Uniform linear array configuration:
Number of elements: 4
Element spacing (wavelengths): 1
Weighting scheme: cosine
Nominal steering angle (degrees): -45
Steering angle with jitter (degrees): -45.806
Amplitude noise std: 0.05
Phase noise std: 0.05

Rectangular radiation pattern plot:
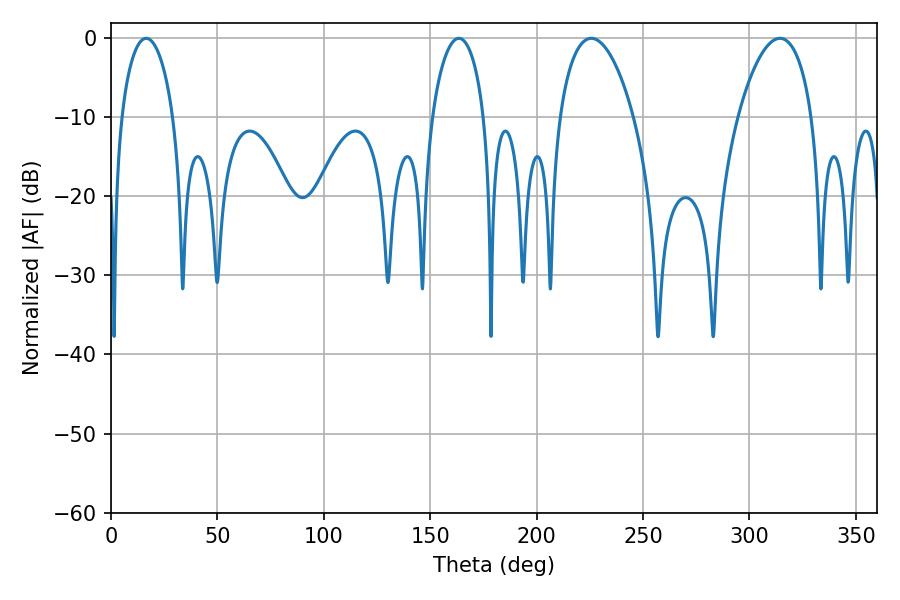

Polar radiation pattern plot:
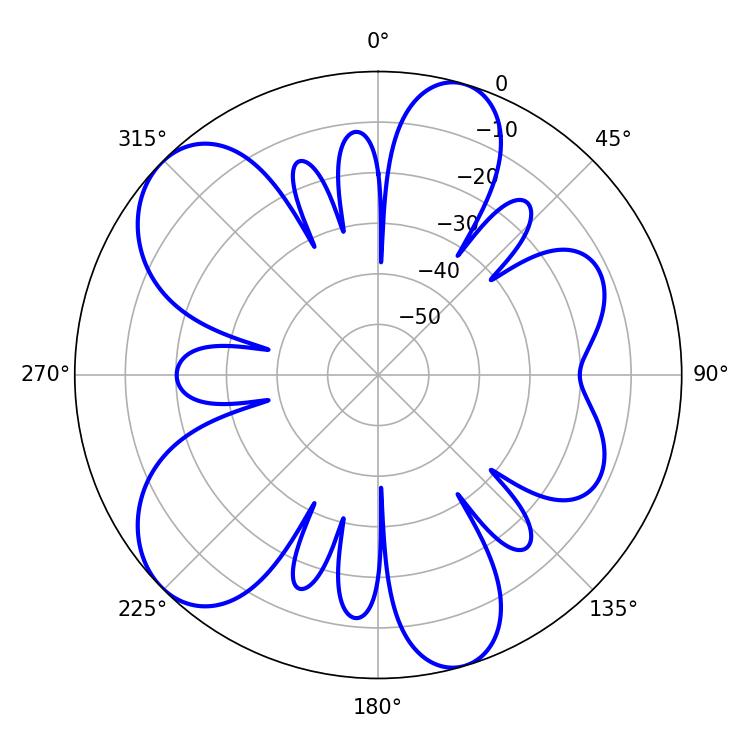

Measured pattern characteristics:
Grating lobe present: TRUE
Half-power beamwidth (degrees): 14.04
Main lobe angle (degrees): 16.56